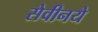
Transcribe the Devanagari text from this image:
सेवीनये